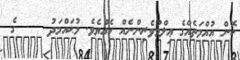
ކޮން އުއްމަތެއްގެ ޢިލްމުވެރިންނެއް ހެއްޔެވެ. މުޙައްމަދު     ގެ